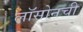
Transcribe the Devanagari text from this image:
लॉसोनची